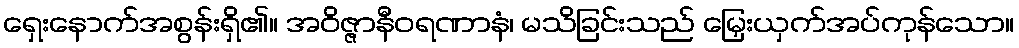
ရှေးနောက်အစွန်းရှိ၏။ အဝိဇ္ဇာနီဝရဏာနံ၊ မသိခြင်းသည် မြှေးယှက်အပ်ကုန်သော။